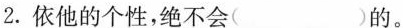
2.依他的个性，绝不会( )的。